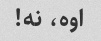
اوه، نه!